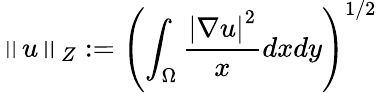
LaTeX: \left\Vert u\right\Vert_{Z}:=\left(\int_{\Omega}\frac{\left|\nabla u\right|^{2}}{x}dxdy\right)^{1/2}